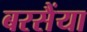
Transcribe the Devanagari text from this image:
बरसैंया